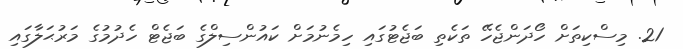
21. މިސްކިތަށް ހޯދަންޖެހޭ ތަކެތި ބަޖެޓުގައި ހިމެނުމަށް ކައުންސިލްގެ ބަޖެޓް ހެދުމުގެ މަރުޙަލާގައި